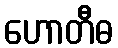
ဟောတီဓ